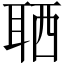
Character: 𦕩